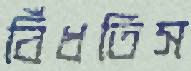
বিঁধতিস